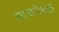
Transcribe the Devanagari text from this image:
बाजरीचेही